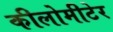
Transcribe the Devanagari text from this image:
कीलोमीटेर